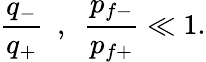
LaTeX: {\frac{q_{-}}{q_{+}}}\ \ ,\ \ {\frac{p_{f-}}{p_{f+}}}\ll 1.